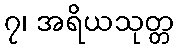
၇၊ အရိယသုတ္တ